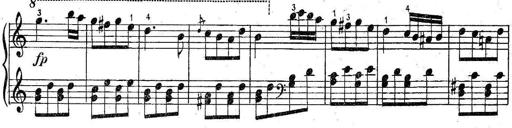
Title: 6 Easy Sonatinas
Composer: Carl Czerny